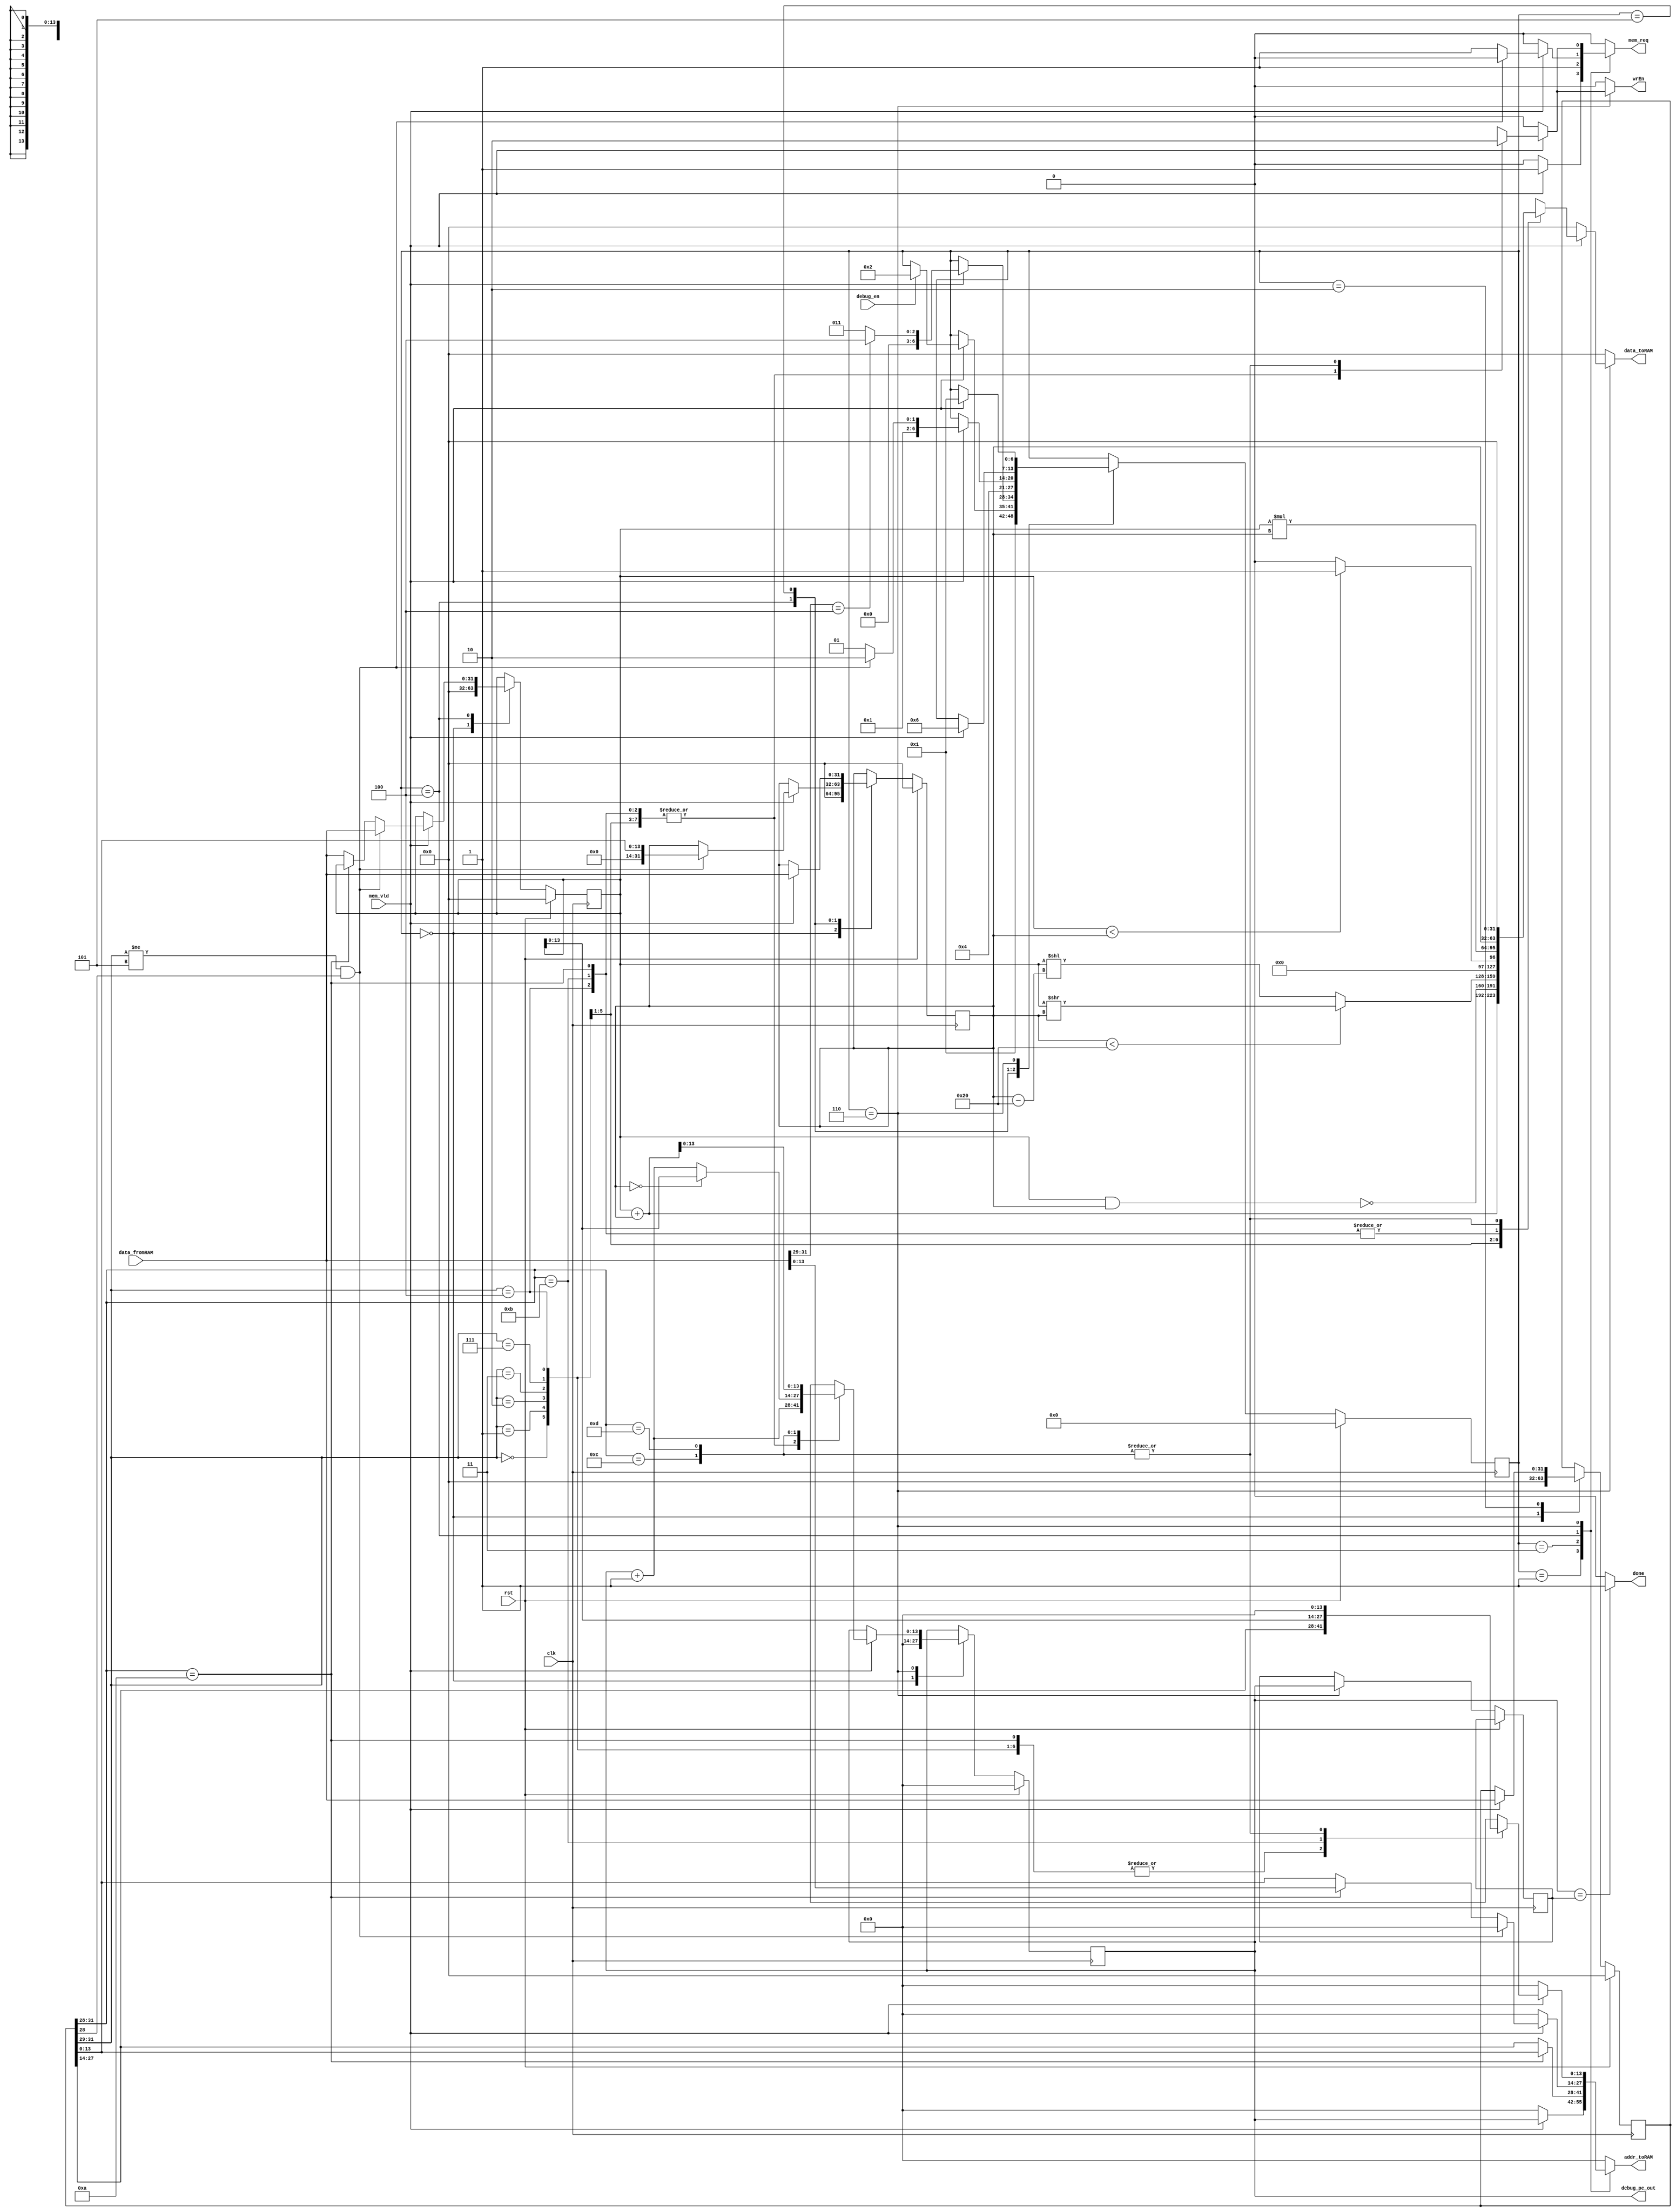
module VerySimpleCPU(clk, rst, debug_en, debug_pc_out, data_fromRAM, wrEn, addr_toRAM, data_toRAM, mem_req, mem_vld, done);

	parameter SIZE = 14;

	input clk, rst;

	input debug_en;
	output [SIZE-1:0] debug_pc_out;

	input wire [31:0] data_fromRAM;
	output reg wrEn;
	output reg [13:0] addr_toRAM;
	output reg [31:0] data_toRAM;
	input mem_vld;
	output reg mem_req;
	output done;

	`define reset 0
	`define fetch 1
	`define decode_0 2
	`define decode_1 3
	`define decode_2 4
	`define decode_3 5
	`define execute 6

	reg [6:0] state_current, state_next;
	reg [SIZE-1:0] pc_current, pc_next, pc_last; // pc_current: program counter
	reg [31:0] iw_current, iw_next;
	reg [31:0] r1_current, r1_next;
	reg [31:0] r2_current, r2_next;

	assign done = (pc_current == pc_last) ? 1'b1 : 1'b0;

	// controller state machine
	always@(posedge clk) begin
		if(rst) begin
			state_current	<= `reset;
			pc_current 		<= 10'b0;
			iw_current 		<= 32'b0;
			r1_current 		<= 32'b0;
			r2_current 		<= 32'b0;
		end
		else begin
			state_current 	<= state_next;
			pc_current 		<= pc_next;
			pc_last 		<= (state_current == `execute) ? pc_current : pc_last;
			iw_current 		<= iw_next;
			r1_current 		<= r1_next;
			r2_current 		<= r2_next;
		end
	end

	always@(*) begin
		state_next = state_current;
		pc_next = pc_current;
		iw_next = iw_current;
		r1_next = r1_current;
		r2_next = r2_current;
		wrEn = 0;
		addr_toRAM = 0;
		data_toRAM = 0;
		mem_req = 0;
		case(state_current)
			// state: reset
			`reset: begin
				pc_next = 0;
				iw_next = 0;
				r1_next = 0;
				r2_next = 0;
				state_next = `fetch;
			end
			// state: fetch
			`fetch: begin // are we sure that memory is valid for every fetch operation?
				if(mem_vld) begin
					mem_req = 1'b1;
					addr_toRAM = pc_current;
					if(debug_en) begin
						state_next = `decode_0;
					end
				end
			end
			// state: decode_0
			`decode_0: begin // if mem_vld, store coming data from memory as instruction into instruction word
				if(mem_vld) begin
					iw_next = data_fromRAM;
					if(data_fromRAM[31:29] == 3'b100) begin
						state_next = `decode_2;
					end
					else begin
						state_next = `decode_1;
					end
				end
			end
			// state: decode_1
			`decode_1: begin
				mem_req = 1;
				if(iw_current[31:28] == 4'b1010) begin
					addr_toRAM = iw_current[13:0]; // address of B
				end
				else begin
					addr_toRAM = iw_current[27:14]; // address of A
				end
				state_next = `decode_2;
			end
			// state: decode_2
			`decode_2: begin
				if(mem_vld) begin // if mem_vld, decode instruction and initiate read access to memory to request data from memory
					if((iw_current[31:29] != 3'b101) && iw_current[28]) begin // not CPIi but immediate
						r1_next = data_fromRAM;
						r2_next = iw_current[13:0];
						state_next = `execute;
					end
					else begin
						mem_req = 1;
						if(iw_current[31:28] == 4'b1010) begin // CPI
							addr_toRAM = data_fromRAM[13:0];
						end
						else begin // others
							r1_next = data_fromRAM;
							addr_toRAM = iw_current[13:0]; // address of B
						end
						state_next = `decode_3;
					end
				end
			end
			`decode_3: begin
				if(mem_vld) begin // if mem_vld, store coming data from memory as data into r2 register
					r2_next = data_fromRAM;
					state_next = `execute;
				end
			end
			// state: execute
			`execute: begin
				if(mem_vld) begin // if mem_vld, initiate write access to memory to write the result into it(except BZJ and BZJi instructions. i.e., they implicitly wait for mem_vld)
					casex(iw_current[31:28])
						{3'b000,1'bx}: begin // ADD & ADDi
							wrEn 			= 1'b1;
							mem_req 		= 1'b1;
							pc_next 		= pc_current + 1;
							addr_toRAM 	= iw_current[27:14];
							data_toRAM 	= (r1_current + r2_current);
						end
						{3'b001,1'bx}: begin // NAND & NANDi
							wrEn 			= 1'b1;
							mem_req 		= 1'b1;
							pc_next 		= pc_current + 1;
							addr_toRAM 	= iw_current[27:14];
							data_toRAM 	= ~(r1_current & r2_current);
						end
						{3'b010,1'bx}: begin // SRL & SRLi
							wrEn 			= 1'b1;
							mem_req 		= 1'b1;
							pc_next 		= pc_current + 1;
							addr_toRAM 	= iw_current[27:14];
							data_toRAM 	= (r2_current < 32) ? (r1_current >> r2_current) : (r1_current << (r2_current-32));
						end
						{3'b011,1'bx}: begin // LT & LTi
							wrEn 			= 1'b1;
							mem_req 		= 1'b1;
							pc_next 		= pc_current + 1;
							addr_toRAM 	= iw_current[27:14];
							data_toRAM 	= (r1_current < r2_current) ? 1 : 0;
						end
						{3'b111,1'bx}: begin // MUL & MULi
							wrEn 			= 1'b1;
							mem_req 		= 1'b1;
							pc_next 		= pc_current + 1;
							addr_toRAM 	= iw_current[27:14];
							data_toRAM 	= (r1_current * r2_current);
						end
						{3'b100,1'bx}: begin // CP & CPi
							wrEn 			= 1'b1;
							mem_req 		= 1'b1;
							pc_next 		= pc_current + 1;
							addr_toRAM 	= iw_current[27:14];
							data_toRAM 	= r2_current;
						end
						{3'b101,1'b0}: begin // CPI
							wrEn			= 1'b1;
							mem_req 		= 1'b1;
							pc_next 		= pc_current + 1;
							addr_toRAM 	= iw_current[27:14];
							data_toRAM 	= r2_current;
						end
						{3'b101,1'b1}: begin // CPIi
							wrEn			= 1'b1;
							mem_req 		= 1'b1;
							pc_next 		= pc_current + 1;
							addr_toRAM 	= r1_current[13:0];
							data_toRAM 	= r2_current;
						end
						{3'b110,1'b0}: begin // BZJ
							pc_next 		= (r2_current == 0) ? r1_current[13:0] : (pc_current + 1'b1);
						end
						{3'b110,1'b1}: begin // BZJi
							pc_next 		= r1_current + r2_current;
						end
					endcase
					state_next = `fetch;
				end
			end
		endcase
	end

	assign debug_pc_out = pc_current;

endmodule